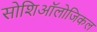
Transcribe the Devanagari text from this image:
सोशिऑलोजिकल